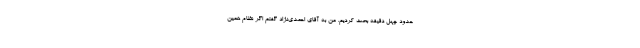
حدود چهل دقیقه بحث کردیم. من به آقای احمدی‌نژاد گفتم اگر نظام همین